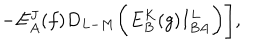
LaTeX: - E _ { A } ^ { J } ( f ) D _ { L - M } \biggl ( E _ { B } ^ { K } ( g ) I _ { B A } ^ { L } \biggr ) \Biggr ] ,